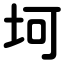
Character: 坷